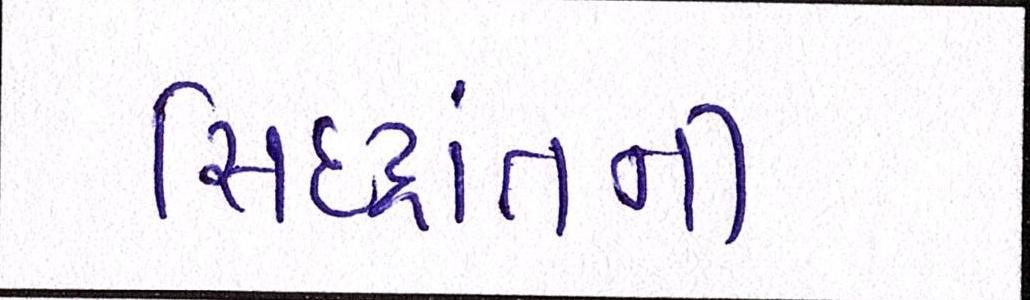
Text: સિદ્ધાંતની